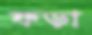
ফড়া